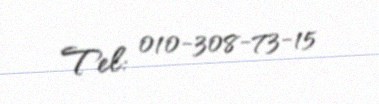
Tel: 010-308-73-15